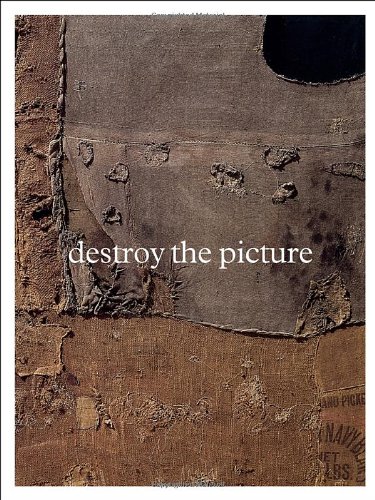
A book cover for Destroy the Picture: Painting the Void, 1949-1962; Arts & Photography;